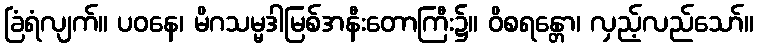
ခြံရံလျက်။ ပဝနေ၊ မိဂသမ္မဒါမြစ်အနီးတောကြီး၌။ ဝိစရန္တော၊ လှည့်လည်သော်။